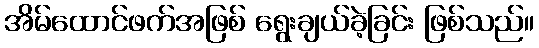
အိမ်ထောင်ဖက်အဖြစ် ရွေးချယ်ခဲ့ခြင်း ဖြစ်သည်။